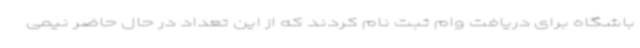
باشگاه برای دریافت وام ثبت نام کردند که از این تعداد در حال حاضر نیمی